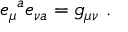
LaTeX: e _ { \mu } { } ^ { a } e _ { \nu a } = g _ { \mu \nu } \ .